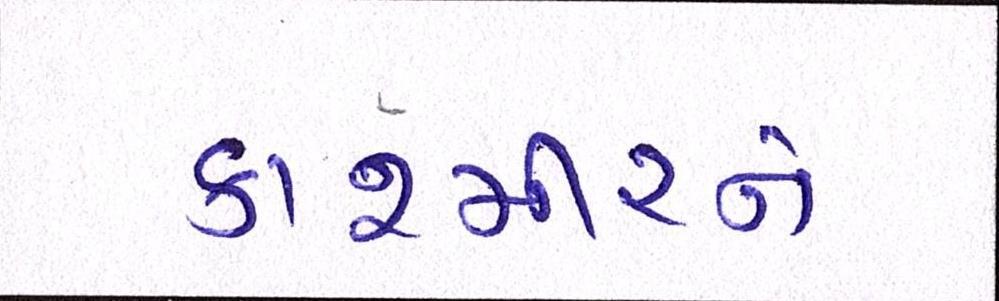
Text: કાશ્મીરને